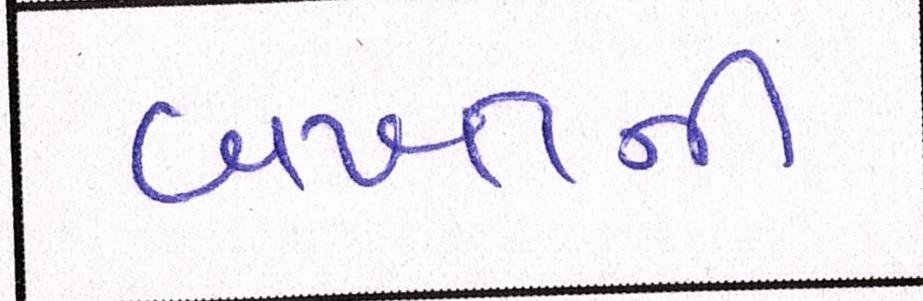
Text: બખ્તની